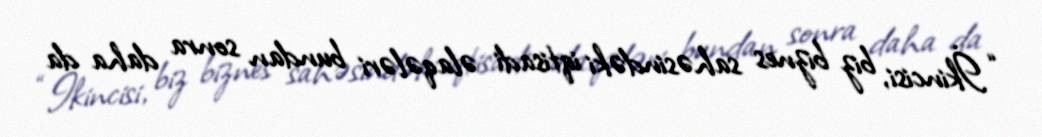
“İkincisi, biz biznes sahəsindəki iqtisadi əlaqələri bundan sonra daha da